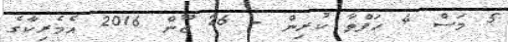
5 މަސް 4 ހަފްތާ ކުރިން - 26 ޖޫން 2016 އެމެރިކާގެ